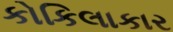
કોકિલાકાર